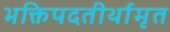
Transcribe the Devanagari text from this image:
भक्तिपदतीर्थामृत